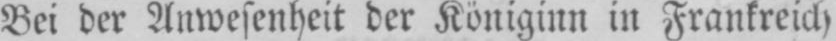
Bei der Anwesenheit der Königinn in Frankreich